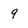
Character: 9